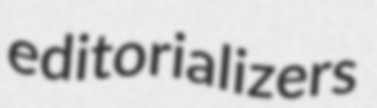
editorializers